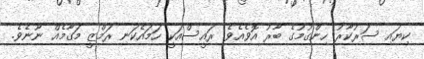
ކިޔައި ސަރުކާރު ހިންގުމުގެ ބާރު އޮވެއެވެ. ރައީސްއަކީ ހަމައެކަނި ރަމްޒީ މަގާމެއް ނޫނެވެ.